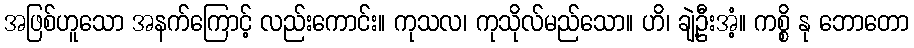
အဖြစ်ဟူသော အနက်ကြောင့် လည်းကောင်း။ ကုသလ၊ ကုသိုလ်မည်သော။ ဟိ၊ ချဲ့ဦးအံ့။ ကစ္စိ နု ဘောတော